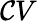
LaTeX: \mathcal{C}V